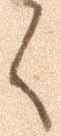
く